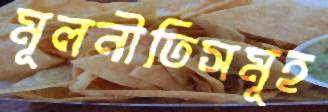
মূলনীতিসমূহ